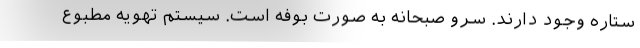
ستاره وجود دارند. سرو صبحانه به صورت بوفه است. سیستم تهویه مطبوع